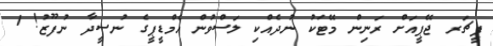
ފީޗަރ ޖޭޕީއަށް ރަނިން މޭޓަކު ނުދެއްކި ލަސްވުން އެމްޑީޕީގެ ނުސީދާ ނުފޫޒު! 1